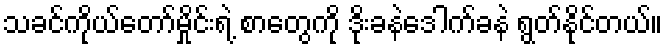
သခင်ကိုယ်တော်မှိုင်းရဲ့ စာတွေကို ဒိုးခနဲဒေါက်ခနဲ ရွတ်နိုင်တယ်။